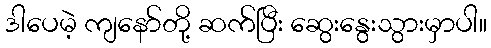
ဒါပေမဲ့ ကျနော်တို့ ဆက်ပြီး ဆွေးနွေးသွားမှာပါ။